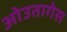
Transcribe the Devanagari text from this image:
ओउतागेस